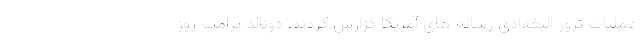
عملیات ترور البغدادی رسانه های آمریکا گزارش کردند، دونالد ترامپ روز